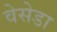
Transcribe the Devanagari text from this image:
वेसेडा